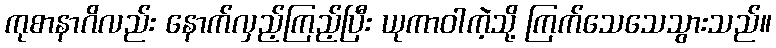
ကုစာနာဂိလည်း နောက်လှည့်ကြည့်ပြီး ယုကာဝါကဲ့သို့ ကြက်သေသေသွားသည်။